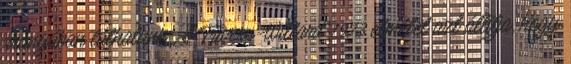
arányában láthatunk. A Trivers-Willard 1973 elmélet azt állítja, hogy